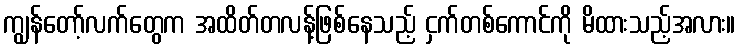
ကျွန်တော့်လက်တွေက အထိတ်တလန့်ဖြစ်နေသည့် ငှက်တစ်ကောင်ကို မိထားသည့်အလား။